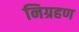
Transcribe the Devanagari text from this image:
निग्रहण